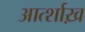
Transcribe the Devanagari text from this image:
आर्त्शाख़